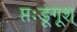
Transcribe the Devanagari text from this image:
प्तःङूगूश्